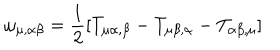
LaTeX: \omega _ { \mu , \alpha \beta } = \frac { 1 } { 2 } [ T _ { \mu \alpha , \beta } - T _ { \mu \beta , \alpha } - T _ { \alpha \beta , \mu } ]